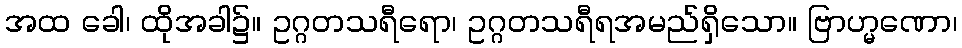
အထ ခေါ၊ ထိုအခါ၌။ ဥဂ္ဂတသရီရော၊ ဥဂ္ဂတသရီရအမည်ရှိသော။ ဗြာဟ္မဏော၊